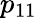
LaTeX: p_{11}